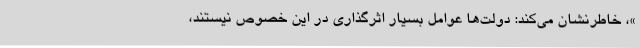
»، خاطرنشان می‌کند: دولت‌ها عوامل بسیار اثرگذاری در این خصوص نیستند،